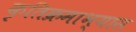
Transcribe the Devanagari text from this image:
कृतिक्रमाभ्यास